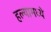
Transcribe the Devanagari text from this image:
हल्यामध्ये